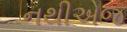
નથીએજ